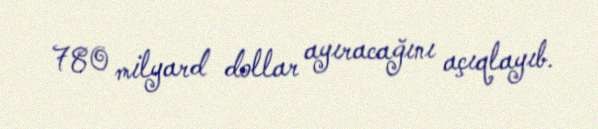
780 milyard dollar ayıracağını açıqlayıb.